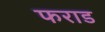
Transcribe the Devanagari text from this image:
फराड